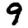
Digit: 9